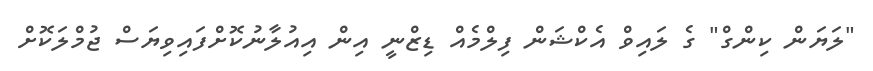
"ލަޔަން ކިންގް" ގެ ލައިވް އެކްޝަން ފިލްމެއް ޑިޒްނީ އިން އިއުލާނުކޮށްފައިވިޔަސް ޖުމްލަކޮށް